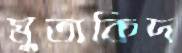
মুতাকিদ